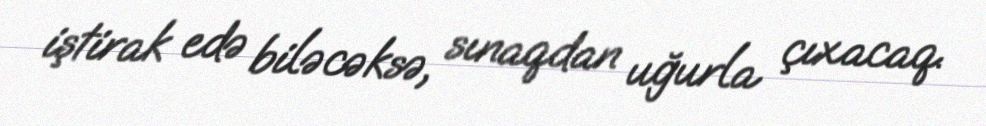
iştirak edə biləcəksə, sınaqdan uğurla çıxacaq.